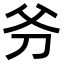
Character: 𠛈